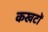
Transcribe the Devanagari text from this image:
कखटों